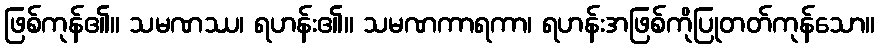
ဖြစ်ကုန်၏။ သမဏဿ၊ ရဟန်း၏။ သမဏကာရကာ၊ ရဟန်းအဖြစ်ကိုပြုတတ်ကုန်သော။